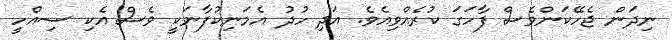
ނިދަން ޖެހޭކަންވެސް ފާހަގަ ކުރެއްވިއެވެ. އަދި ހުދު އެމަނިކުފާނަކީ ވެސް އެކި ސިއްހީ